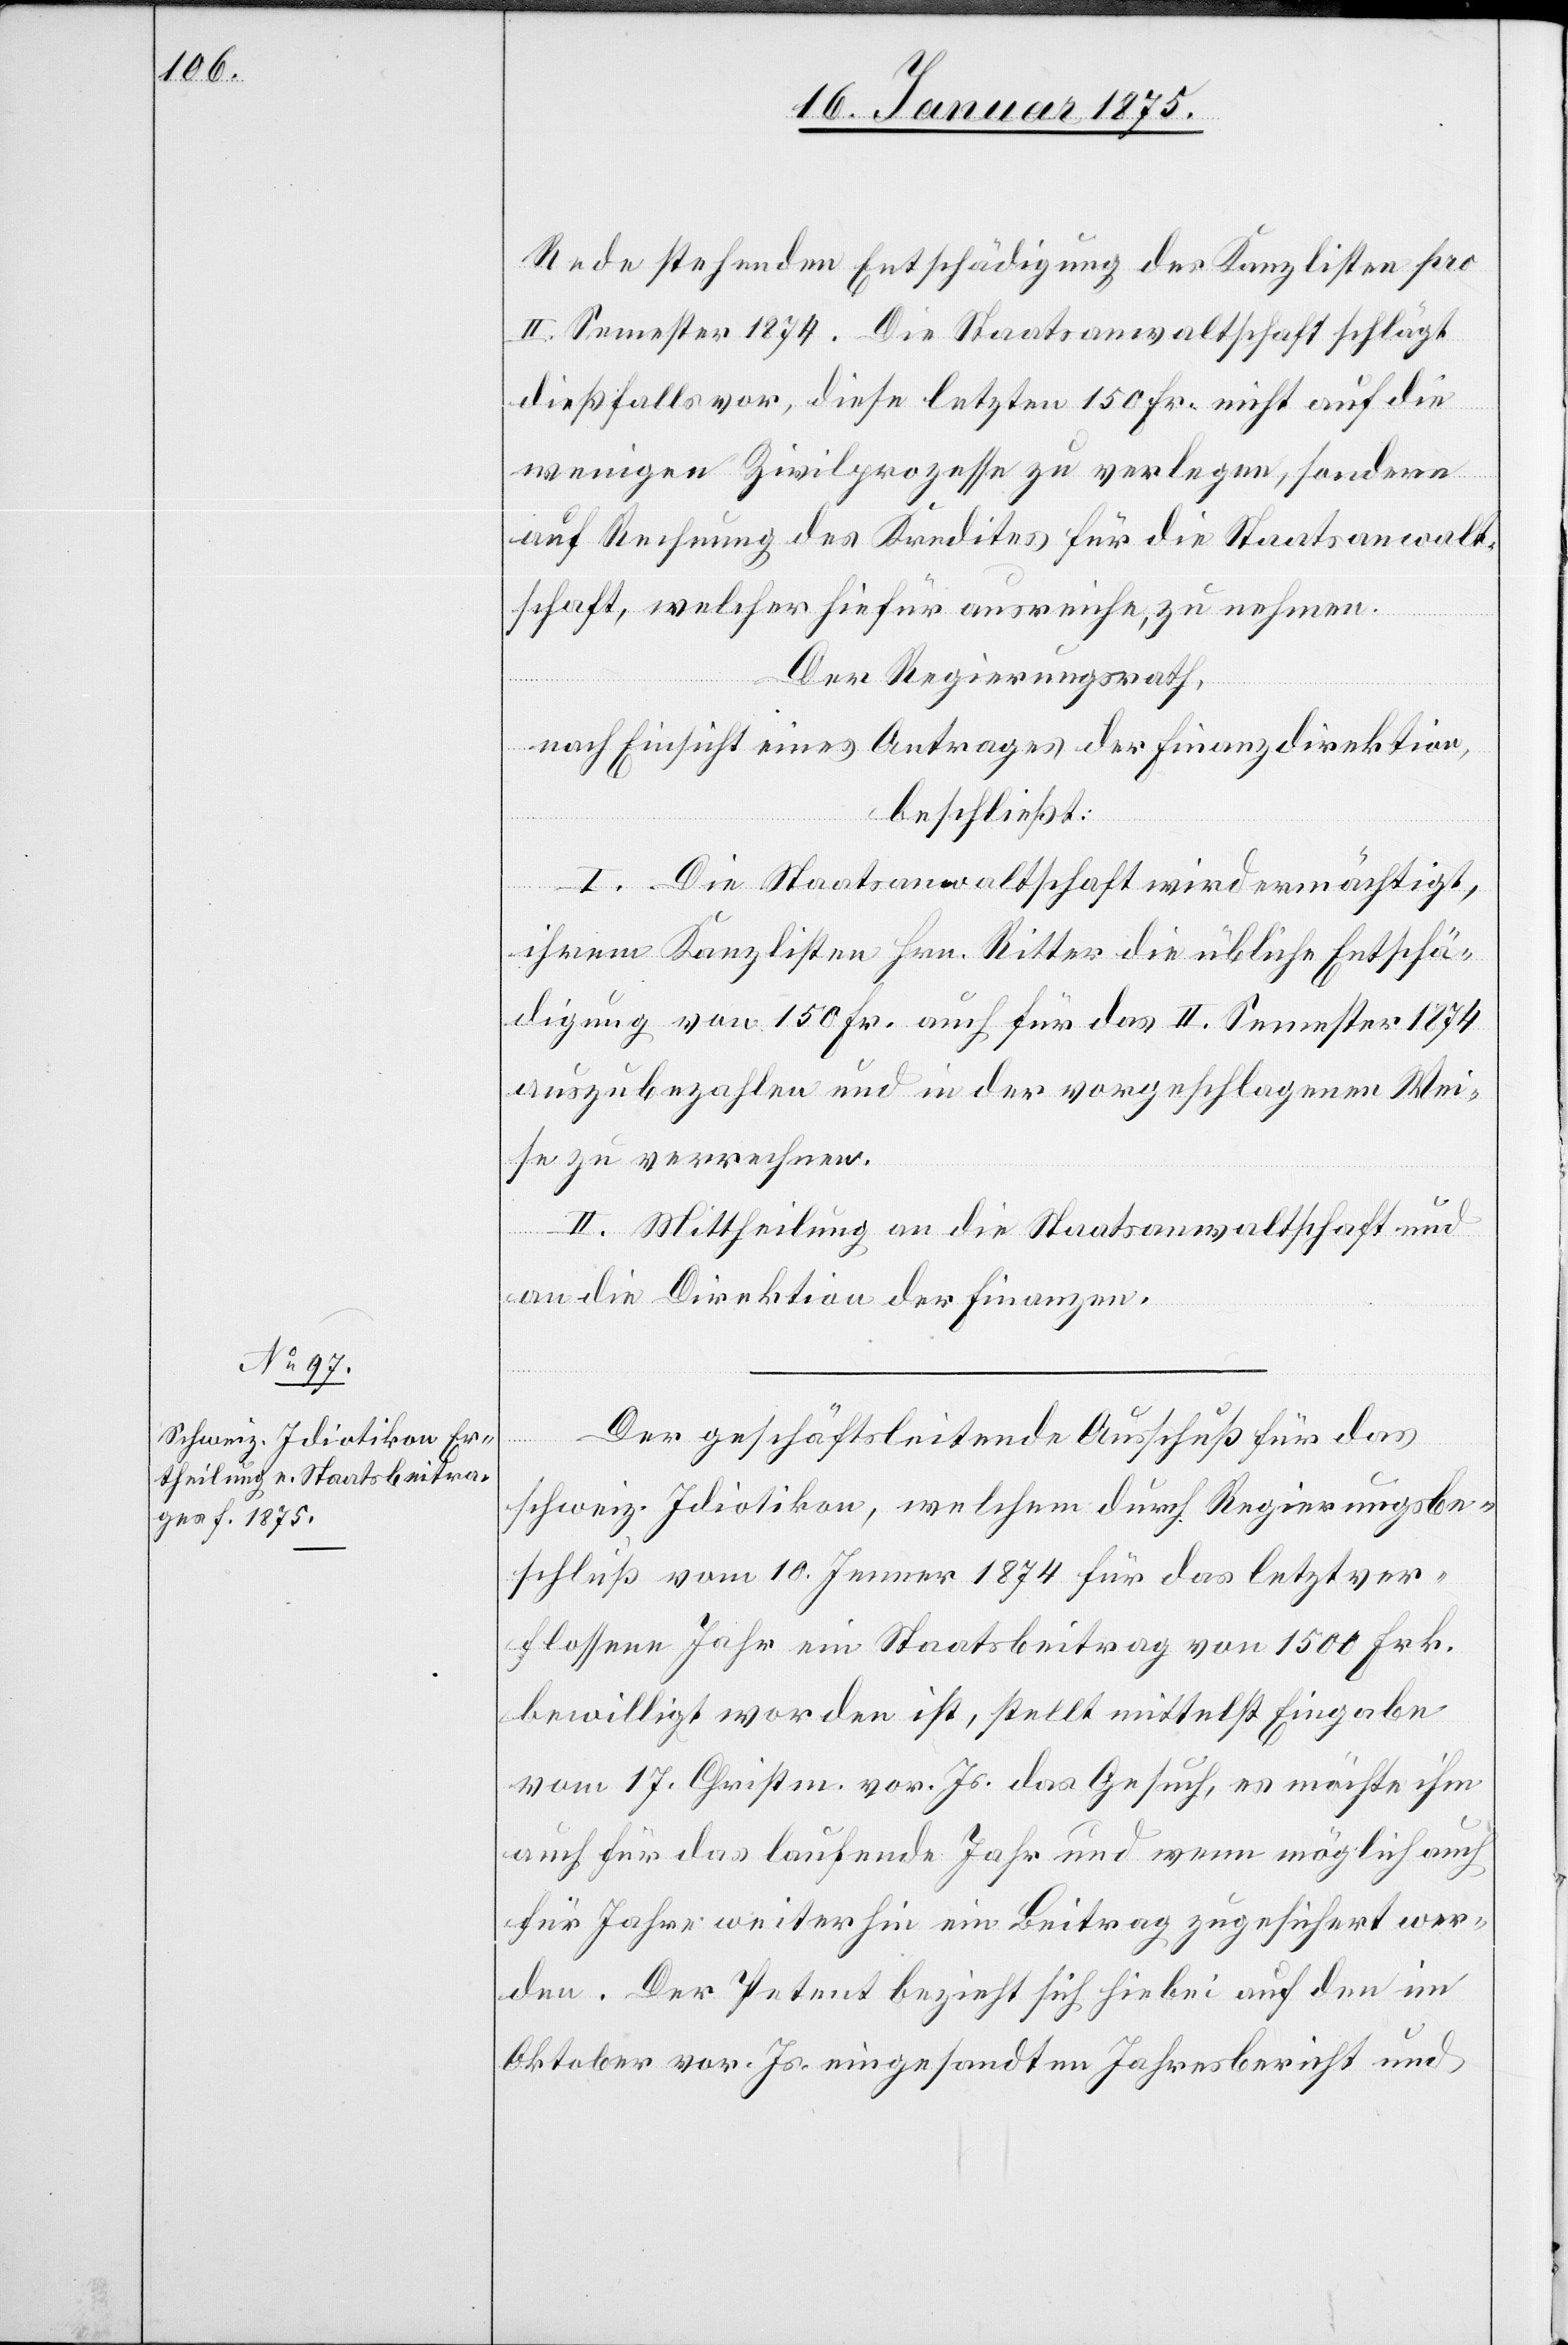
Rede stehenden Entschädigung der Kanzlisten pro
II. Semester 1874. Die Staatsanwaltschaft schlägt
dießfalls vor, diese letzten 150 Fr. nicht auf die
wenigen Zivilprozesse zu verlegen, sondern
auf Rechnung des Kredites für die Staatsanwalt¬
schaft, welcher hiefür ausreiche, zu nehmen.
Der Regierungsrath,
nach Einsicht eines Antrages der Finanzdirektion,
beschließt:
I. Die Staatsanwaltschaft wird ermächtigt,
ihrem Kanzlisten Hrn. Ritter die übliche Entschä¬
digung von 150 Fr. auch für das II. Semester 1874
auszubezahlen und in der vorgeschlagenen Wei¬
se zu verrechnen.
II. Mittheilung an die Staatsanwaltschaft und
an die Direktion der Finanzen.
Der geschäftsleistende Ausschuß für das
schweiz. Idiotikon, welchem durch Regierungsbe¬
schluß vom 10. Jenner 1874 für das letztver¬
flossene Jahr ein Staatsbeitrag von 1500 Frk.
bewilligt worden ist, stellt mittelst Eingabe
vom 17. Christm. vor. Js. das Gesuch, es möchte ihm
auch für das laufende Jahr und wenn möglich auch
für Jahre weiterhin ein Beitrag zugesichert wer¬
den. Der Petent bezieht sich hiebei auf den im
Oktober vor. Js. eingesandten Jahresbericht und